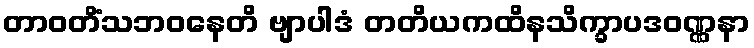
တာဝတိံသဘဝနေတိ ဗျာပါဒံ တတိယကထိနသိက္ခာပဒဝဏ္ဏနာ